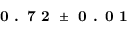
\textbf { 0 . 7 2 } \pm \textbf { 0 . 0 1 }